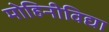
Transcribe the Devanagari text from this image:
मोहिनीविद्या